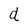
Character: d